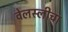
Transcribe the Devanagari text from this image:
वेलस्लीचा